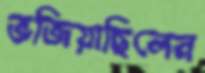
ভজিয়াছিলেন